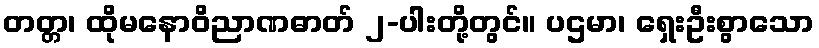
တတ္တ၊ ထိုမနောဝိညာဏဓာတ် ၂-ပါးတို့တွင်။ ပဌမာ၊ ရှေးဦးစွာသော